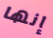
إنها